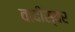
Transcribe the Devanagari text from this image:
वादीस्वर